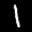
Label: 1